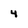
Character: 4